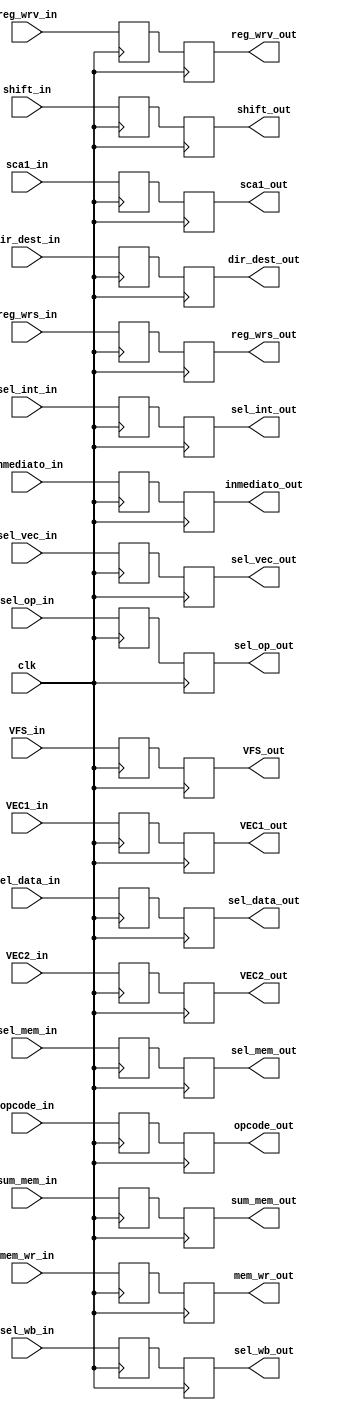
module registro_ID_EXE(clk,
	//seales de control

	//EXE
	sel_op_in,
	sel_vec_in,
	sel_int_in,
	opcode_in,
	//Memory
	sum_mem_in,
	sel_mem_in,
	sel_data_in,
	mem_wr_in,

	//Write back:
	sel_wb_in,
	reg_wrv_in,
	reg_wrs_in,

	//EXE
	sel_op_out,
	sel_vec_out,
	sel_int_out,
	opcode_out,
	//Memory
	sum_mem_out,
	sel_mem_out,
	sel_data_out,
	mem_wr_out,

	//Write back:
	sel_wb_out,
	reg_wrv_out,
	reg_wrs_out,

	// Entradas
	VEC1_in,
	VEC2_in,
	VFS_in,
	sca1_in,
	inmediato_in,
	dir_dest_in,
	shift_in,

	// Salidas
	VEC1_out,
	VEC2_out,
	VFS_out,
	sca1_out,
	inmediato_out,
	dir_dest_out,
	shift_out
);


input wire clk;


//EXE
input wire sel_op_in, sel_int_in;
input wire [1:0] sel_vec_in;
input wire [3:0] opcode_in;

//MEM
input wire  sum_mem_in, sel_mem_in, sel_data_in, mem_wr_in;

//WB
input wire sel_wb_in, reg_wrv_in, reg_wrs_in;



input wire [31:0] VEC1_in;
input wire [31:0] VEC2_in;
input wire [31:0] VFS_in;
input wire [7:0] sca1_in;
input wire [7:0] inmediato_in;
input wire [2:0] dir_dest_in;
input wire [7:0] shift_in;


//EXE
output reg sel_op_out, sel_int_out;
output reg [1:0] sel_vec_out;
output reg [3:0] opcode_out;


//MEM
output reg sum_mem_out, sel_mem_out, sel_data_out, mem_wr_out;

//WB
output reg sel_wb_out, reg_wrv_out, reg_wrs_out;


output reg [31:0] VEC1_out;
output reg [31:0] VEC2_out;
output reg [31:0] VFS_out;
output reg [7:0] sca1_out;
output reg [7:0] inmediato_out;
output reg [2:0] dir_dest_out;
output reg [7:0] shift_out;



reg [31:0] VEC1;
reg [31:0] VEC2;
reg [31:0] VFS;

reg [7:0] sca1;
reg [7:0] inmediato;
reg [7:0] shift;

reg [2:0] dir_dest;

//seales de control
//EXE
reg sel_op, sel_int;
reg [1:0] sel_vec;
reg [3:0] opcode;

//MEM
reg sum_mem, sel_mem, sel_data, mem_wr;

//WB
reg sel_wb, reg_wrv, reg_wrs;

always @(posedge clk) // lee en el posedge
begin
   VEC1<=VEC1_in;
	VEC2<=VEC2_in;
	VFS<=VFS_in;
	sca1<=sca1_in;
	inmediato<=inmediato_in;
	shift<=shift_in;
	dir_dest <= dir_dest_in;

	//EXE
	sel_op<=sel_op_in;
	sel_vec<=sel_vec_in;
	sel_int<=sel_int_in;
	opcode<=opcode_in;
	//Memory
	sum_mem<=sum_mem_in;
	sel_mem<=sel_mem_in;
	sel_data<=sel_data_in;
	mem_wr<=mem_wr_in;

	//Write back:
	sel_wb<=sel_wb_in;
	reg_wrv<=reg_wrv_in;
	reg_wrs<=reg_wrs_in;
end


always @(negedge clk) // escritura en el negedge
begin
	VEC1_out<=VEC1;
	VEC2_out<=VEC2;
	VFS_out<=VFS;
	sca1_out<=sca1;
	inmediato_out<=inmediato;
	shift_out<=shift;
	dir_dest_out <= dir_dest;

	//EXE
	sel_op_out<=sel_op;
	sel_vec_out<=sel_vec;
	sel_int_out<=sel_int;
	opcode_out<=opcode;
	//Memory
	sum_mem_out<=sum_mem;
	sel_mem_out<=sel_mem;
	sel_data_out<=sel_data;
	mem_wr_out<=mem_wr;

	//Write back:
	sel_wb_out<=sel_wb;
	reg_wrv_out<=reg_wrv;
	reg_wrs_out<=reg_wrs;
end







endmodule